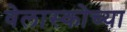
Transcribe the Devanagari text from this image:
वेलास्कोच्या